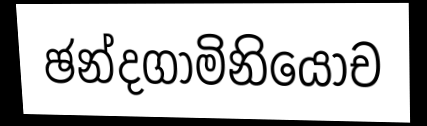
ඡන්දගාමිනියොච